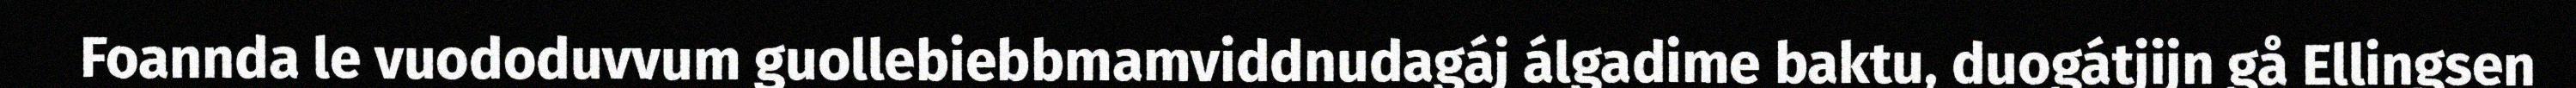
Foannda le vuododuvvum guollebiebbmamviddnudagáj álgadime baktu, duogátjijn gå Ellingsen